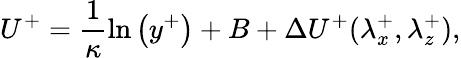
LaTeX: U^{+}=\frac{1}{\kappa}\ln\left(y^{+}\right)+B+\Delta U^{+}(\lambda_{x}^{+},\lambda_{z}^{+}),